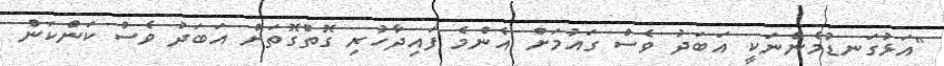
"އަޅުގަނޑުމެންނަކީ އަބަދު ވެސް ގައުމަށް އެންމެ ފައިދާހުރި ގޮތްގޮތަށް އަބަދު ވެސް ކަންކަން